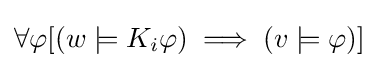
\forall \varphi [(w\models K_{i}\varphi )\implies (v\models \varphi )]